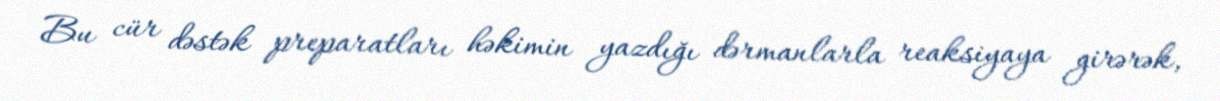
Bu cür dəstək preparatları həkimin yazdığı dərmanlarla reaksiyaya girərək,